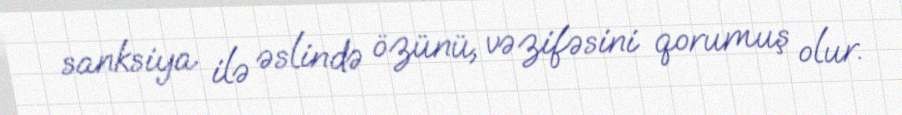
sanksiya ilə əslində özünü, vəzifəsini qorumuş olur.